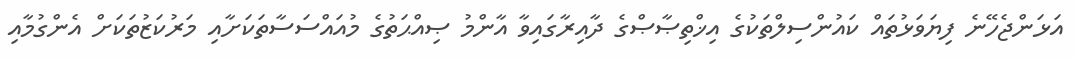
އަޅަންޖެހޭނެ ފިޔަވަޅުތައް ކައުންސިލްތަކުގެ އިޚްތިޞާޞްގެ ދާއިރާގައިވާ އާންމު ޞިއްޙަތުގެ މުއައްސަސާތަކަށާއި މަރުކަޒުތަކަށް އެންގުމާއި